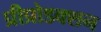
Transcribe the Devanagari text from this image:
प्रीप्रोडक्शन